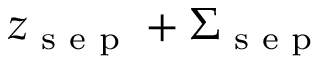
z _ { \textrm { s e p } } + \Sigma _ { \textrm { s e p } }